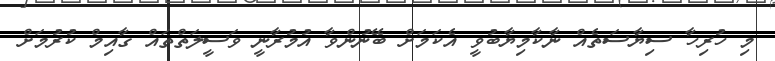
މި ހުރިހާ ސިޔާސަތެއް ނާކާމިޔާބުވީ އެކަމަށް ބޭނުންވާ އުމުރާނީ ވަސީލަތްތައް ގާއިމް ކުރުމަށް